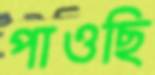
পাওছি